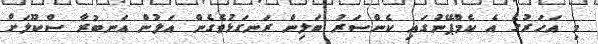
މި އަހަރުގެ އެ ކެމްޕޭނުގައި ކެންސަރު ބަލިން ރަނގަޅުވެގެން އަލުން އަނބުރާ ސްކޫލަށް